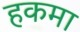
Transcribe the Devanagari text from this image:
हकमा